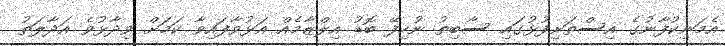
އެމަނިކުފާނުގެ އިސްތަށިފުޅުގައި ސާބިތު ނުހިފޭ ބޮޑު އިލްޒާމެއް އަޅުވާފައިވާ ކަމަށް ވިދާޅުވެ އަދާލަތު